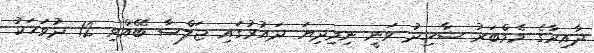
ދާއިރާގެ މެމްބަރު ޝާހިދު ވަނީ ނިމިދިޔަ ދައުރުގައި ޖަލްސާ ބޭއްވި 12 ދުވަހަކު